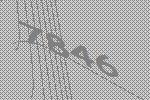
7846